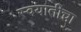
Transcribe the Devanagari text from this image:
स्वयातीचा